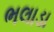
ભલાડા